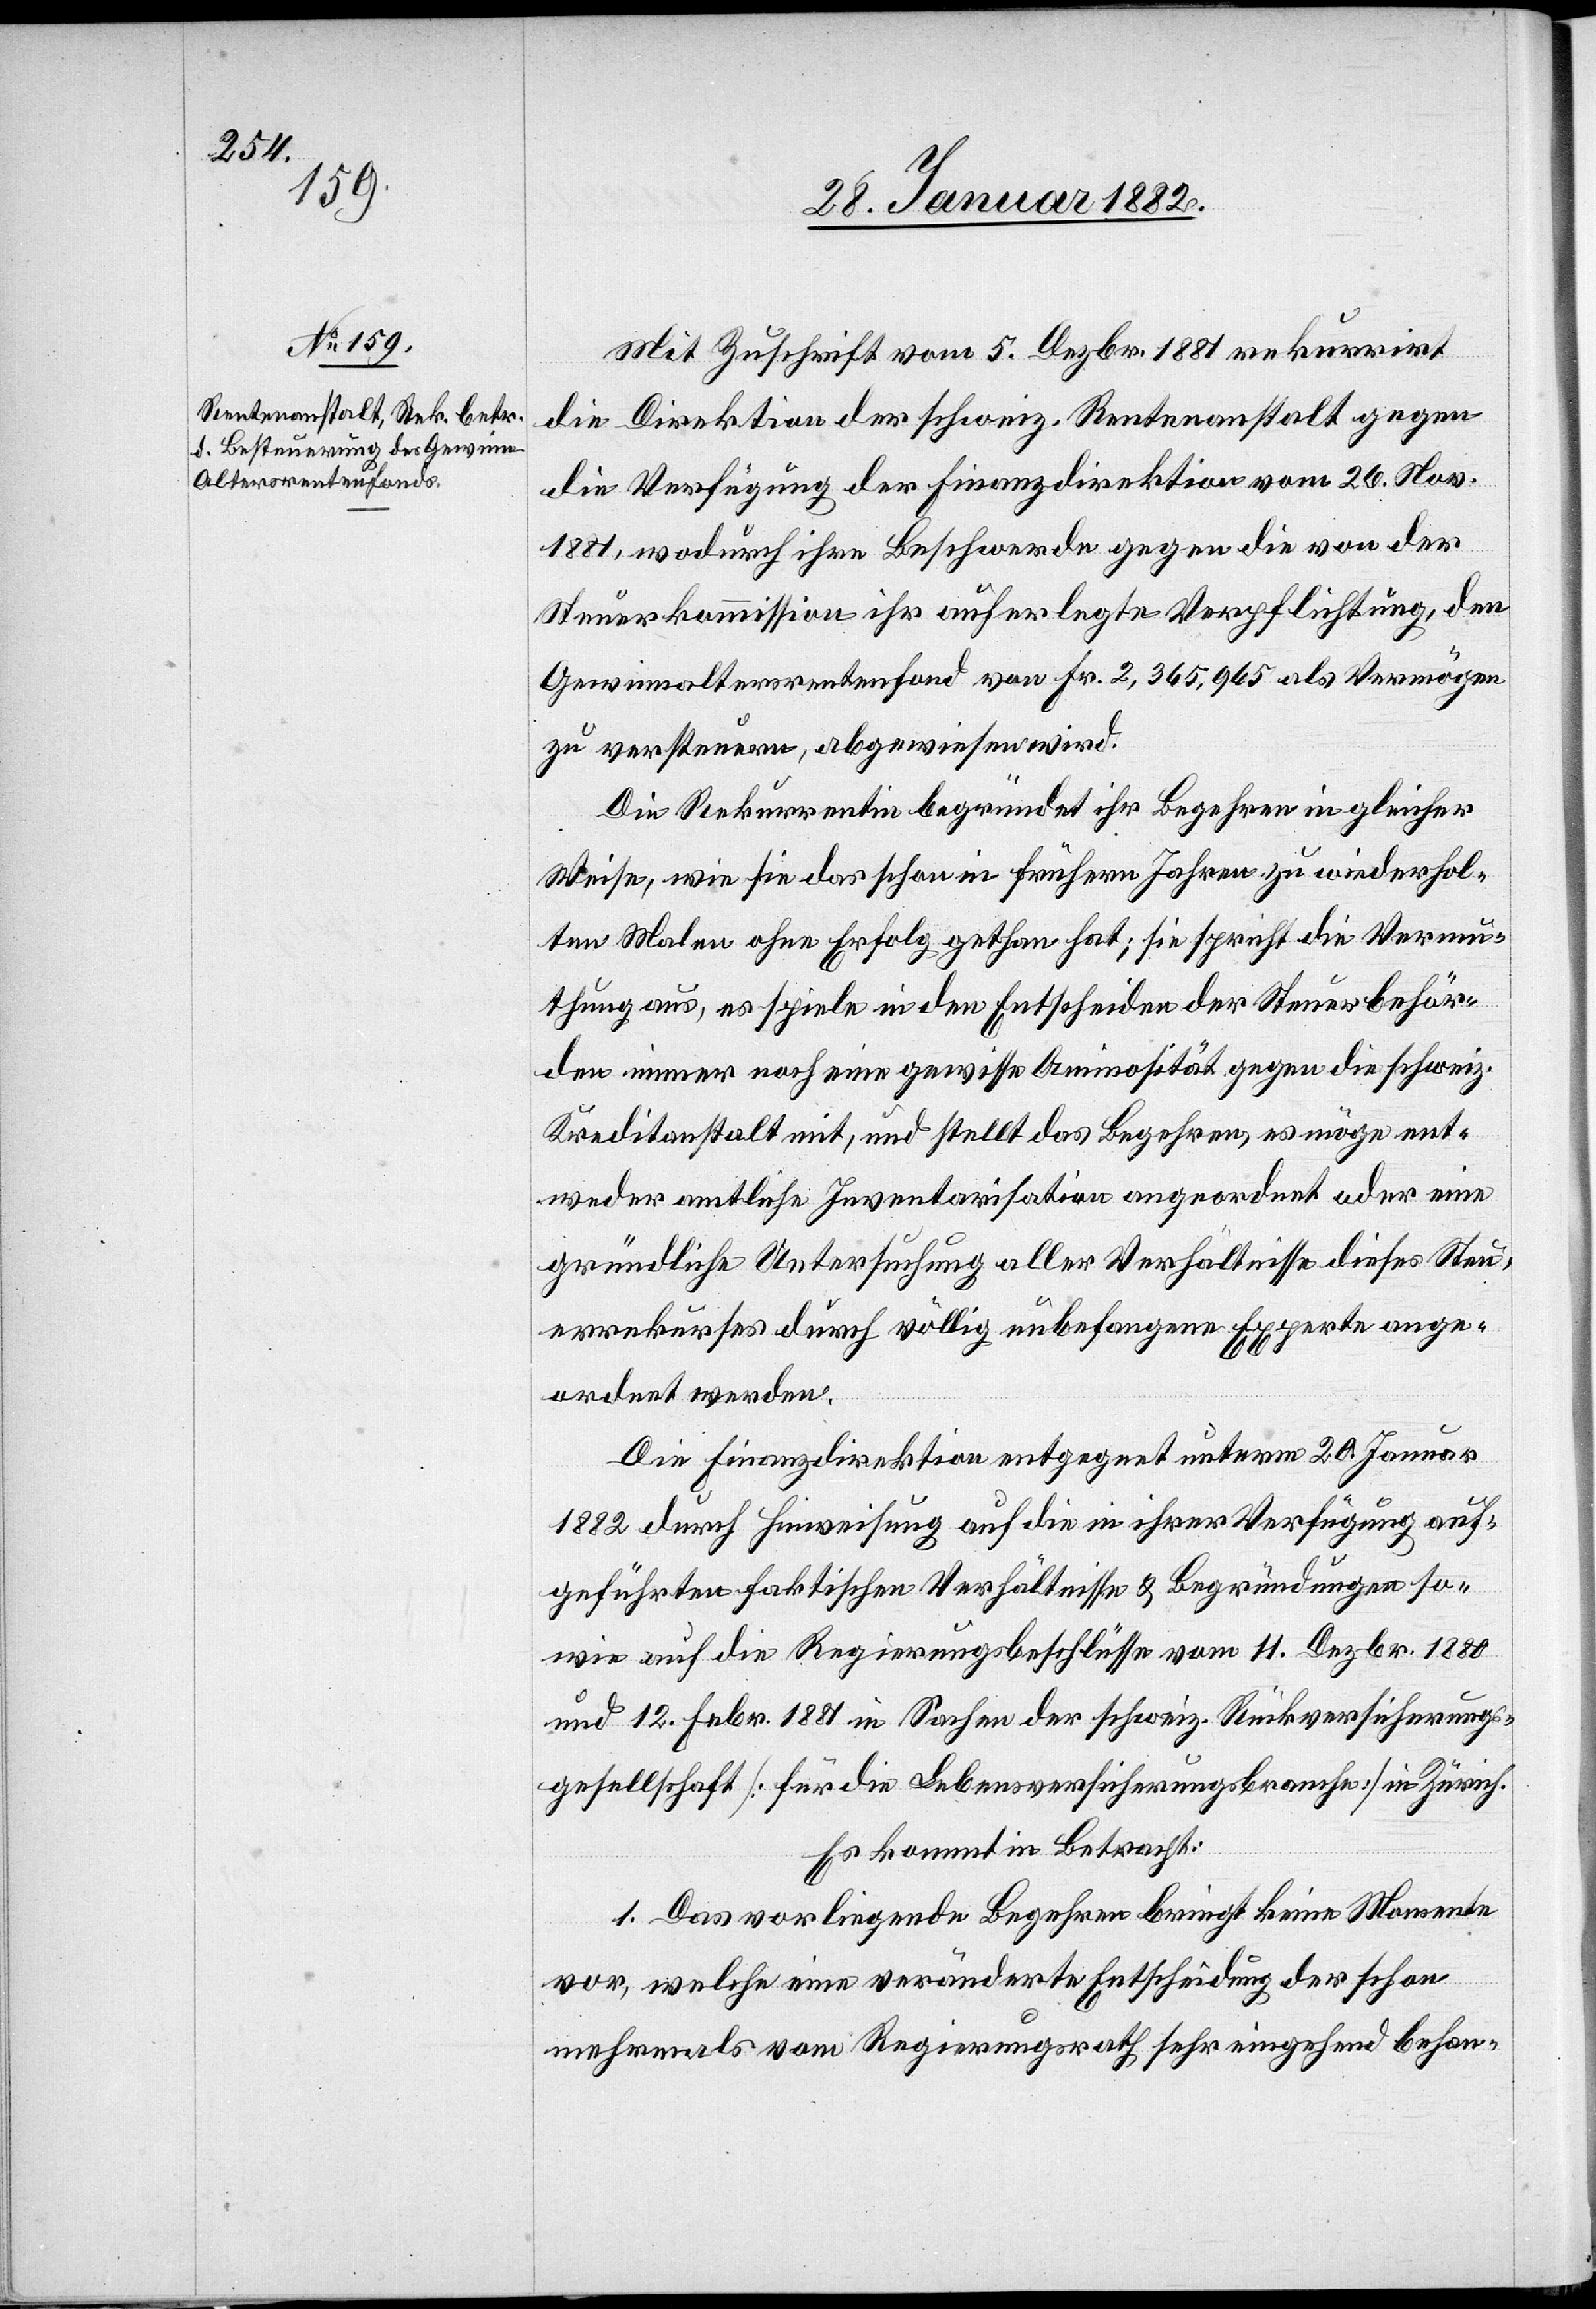
Rück¬
herungs¬

Mit Zuschrift vom 5. Dezbr. 1881 rekurrirt
die Direktion der schweiz. Rentenanstalt gegen
die Verfügung der Finanzdirektion vom 26. Nov.
1881, wodurch ihre Beschwerde gegen die von der
Steuerkommission ihr auferlegte Verpflichtung, den
Gewinnaltersrentenfond von Fr. 2,365,965 als Vermögen
zu versteuern, abgewiesen wird.
Die Rekurrentin begründet ihr Begehren in gleicher
Weise, wie sie das schon in frühern Jahren zum wiederhol¬
ten Male ohne Erfolg gethan hat; sie spricht die Vermu¬
thung aus, es spiele in den Entscheiden der Steuerbehör¬
de immer noch eine gewisse Animosität gegen die schweiz.
Kreditanstalt mit, und stellt das Begehren, es möge ent¬
weder amtliche Inventarisation angeordnet oder eine
gründliche Untersuchung alle Verhältnisse dieses Steu¬
errekurses durch völlig unbefangene Experten ange¬
ordnet werden.
Die Finanzdirektion entgegnet unterm 20. Januar
1882 durch Hinweisung auf die in ihrer Verfügung auf¬
geführten faktischen Verhältnisse vom 11. Dezbr. 1880 und 12.
gesellschaft [für die Lebensversicherungsbranche] in Zürich.
Es kommt in Betracht:
1. Das vorliegende Begehren bringt keine Momente
vor, welche eine veränderte Entscheidung der schon
mehrmals vom Regierungsrath sehr eingehend behan-